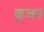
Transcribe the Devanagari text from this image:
कुवन